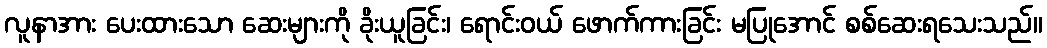
လူနာအား ပေးထားသော ဆေးများကို ခိုးယူခြင်း၊ ရောင်းဝယ် ဖောက်ကားခြင်း မပြုအောင် စစ်ဆေးရသေးသည်။